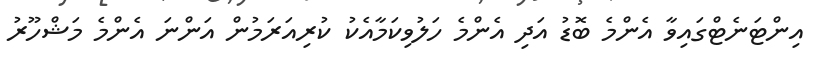
އިންޓަނެޓްގައިވާ އެންމެ ބޮޑު އަދި އެންމެ ހަލުވިކަމާއެކު ކުރިއަރަމުން އަންނަ އެންމެ މަޝްހޫރު